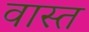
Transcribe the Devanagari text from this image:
वास्त